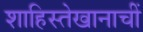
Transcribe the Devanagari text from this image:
शाहिस्तेखानाचीं